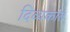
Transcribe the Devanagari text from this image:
दिव्यकांत